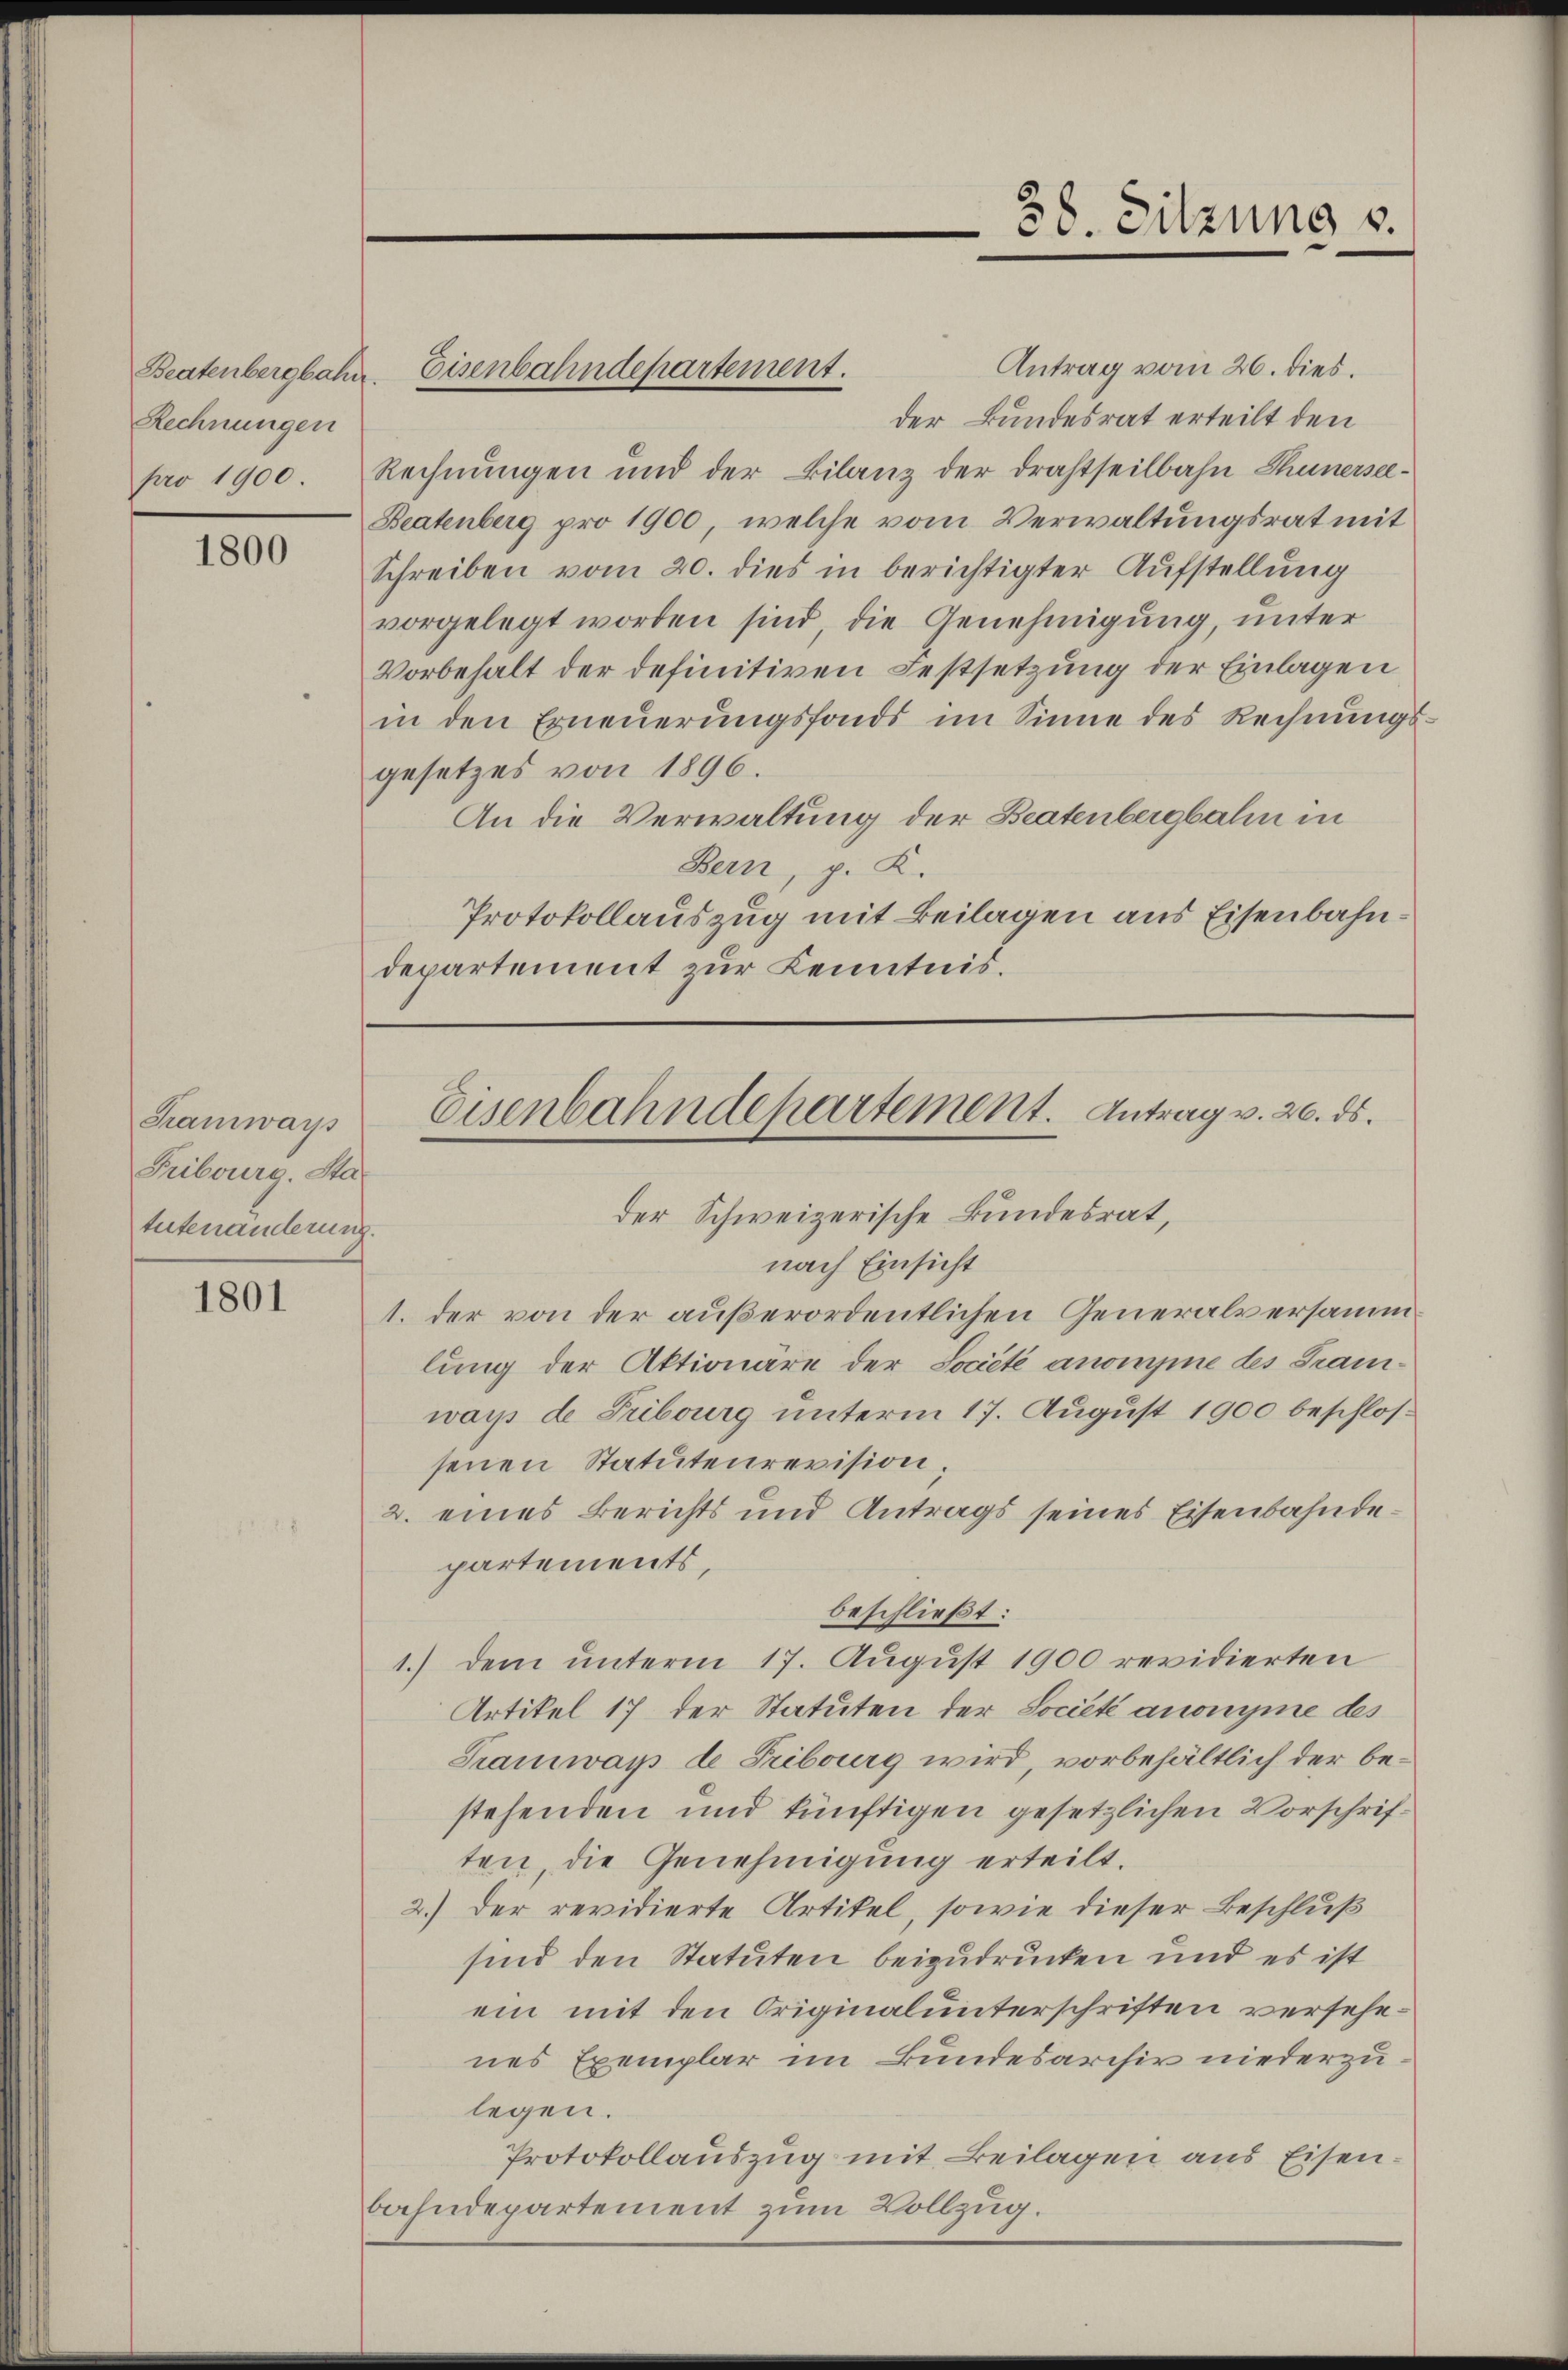
Beatenbergbahn
Rechnungen

1800

Tramways
Fribourg. Statutenänderung.

1801

Antrag vom 26. dies.
Eisenbahndepartement.
der Bundesrat erteilt den
pro 1900. Rechnungen und der Filanz der drahtseilbahn Thunersee¬
Beatenberg pro 1900, welche vom Verwaltungsrat mit
Schreiben vom 20. dies in berichtigter Aufstellung
vorgelegt worden sind, die Genehmigung, unter
Vorbehalt der definitiven Festsetzung der Einlagen
in den Erneuerungsfonds im Sinne des Rechnungsgesetzes von 1896.
An die Verwaltung der Beatenbergbahn in
Bern, p. K.
Protokollauszug mit Beilagen aus Eisenbahndepartement zur Kenntnis.

nach Einsicht
1. der von der außerordentlichen Generalversammlung der Aktionäre der Société anomine des Tramwar de Tribourg unterm 17. August 1900 beschlossenen Statutenrevision;
2. eines Berichts und Antrags seines Eisenbahndepartements,
beschließt:
1.) Dem unterm 17. August 1900 revidierten
Artikel 17 der Statuten der Société anonyme des
Tramways de Tribourg wird, vorbehältlich der bestehenden und künftigen gesetzlichen Vorschriften, die Genehmigung erteilt.
2.) Der revidierte Artikel, sowie dieser Beschluß
sind den Statuten beizudrucken und es ist
ein mit den Originalunterschriften versehenes Exemplar im Bundesarchiv niederzulegen.
Protokollauszug mit Beilagen aus Eisenbahndepartement zum Vollzug.

38. Sitzung v.

Eisenbahndepartement. Antrag v. 26. ds.
der Schweizerische Bundesrat,